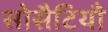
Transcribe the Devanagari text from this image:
सोसैटियाँ